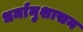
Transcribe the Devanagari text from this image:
धर्मानुशासन